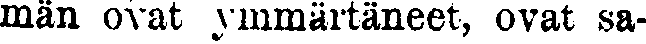
män ovat ymmärtäneet, ovat sa-